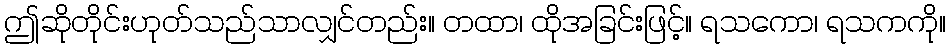
ဤဆိုတိုင်းဟုတ်သည်သာလျှင်တည်း။ တထာ၊ ထိုအခြင်းဖြင့်။ ရသကော၊ ရသကကို။